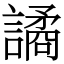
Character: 譎